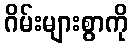
ဂိမ်းများစွာကို